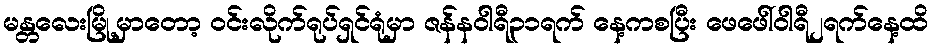
မန္တလေးမြို့မှာတော့ ဝင်းလိုက်ရုပ်ရှင်ရုံမှာ ဇန်နဝါရီ၃၁ရက် နေ့ကစပြီး ဖေဖေါ်ဝါရီ၂ရက်နေ့ထိ